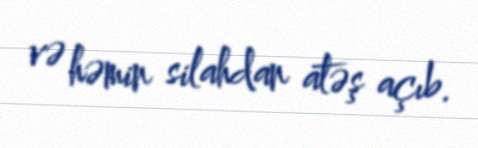
və həmin silahdan atəş açıb.